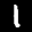
Label: 1